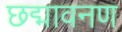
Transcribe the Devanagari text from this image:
छद्मावनण